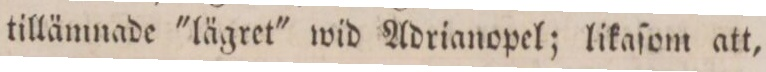
tillämnade 'lägret' wid Adrianopel; likaſom att,